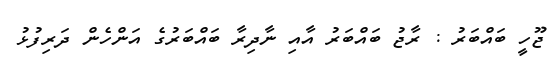
ޖޫހީ ބައްބަރު : ރާޖު ބައްބަރު އާއި ނާދިރާ ބައްބަރުގެ އަންހެން ދަރިފުޅު